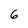
Character: 6